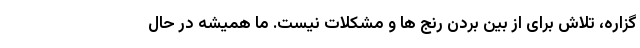
گزاره، تلاش برای از بین بردن رنج ها و مشکلات نیست. ما همیشه در حال